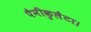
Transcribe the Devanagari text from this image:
पैनीकुलैटा।